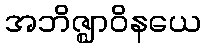
အဘိဇ္ဈာဝိနယေ